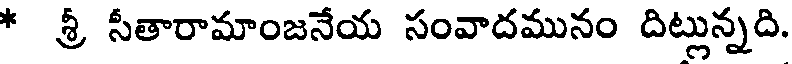
* శ్రీ సీతారామాంజనేయ సంవాదమునం దిట్లున్నది.